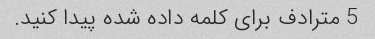
5 مترادف برای کلمه داده شده پیدا کنید.